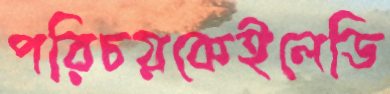
পরিচয়কেইলেডি